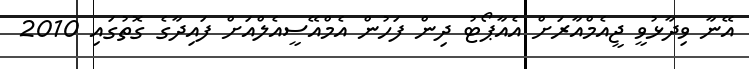
އޭނާ ވިދާޅުވީ ޖީއެމްއާރަށް އެއާޕޯޓު ދިން ފަހުން އެމްއޭސީއެލްއަށް ފައިދާގެ ގޮތުގައި 2010